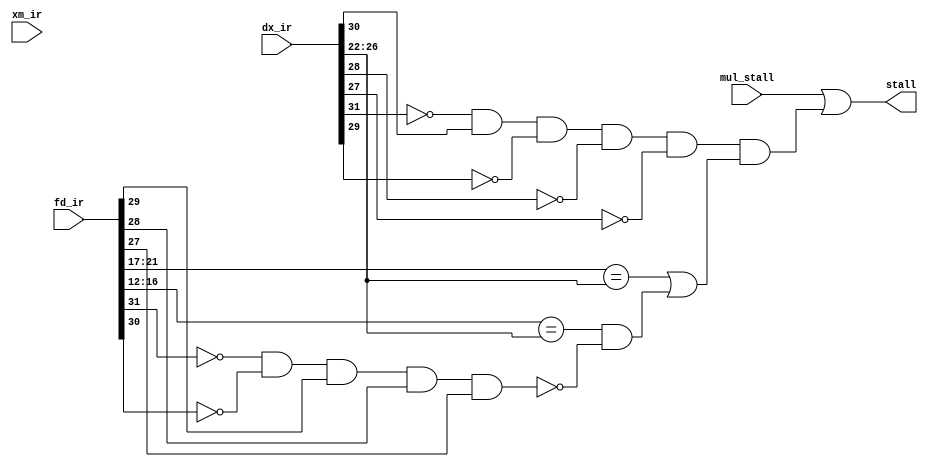
module stall(fd_ir, dx_ir, xm_ir, stall, mul_stall);
	input [31:0] fd_ir, dx_ir, xm_ir;
	input mul_stall;
	output stall;

	wire [4:0] fd_op = fd_ir[31:27];
	wire [4:0] dx_op = dx_ir[31:27];
	wire [4:0] xm_op = xm_ir[31:27];

	wire fd_sw = (~fd_op[4] & ~fd_op[3] & fd_op[2] & fd_op[1] & fd_op[0]);
	wire dx_lw = (~dx_op[4] & dx_op[3] & ~dx_op[2] & ~dx_op[1] & ~dx_op[0]);

	//Stall if:
		// dx_ir is lw
		// fd rs == dx rd OR fd rt == dx rd and fd_ir is not sw
		// fd rs = fd_ir[21:17] if rtype or itype
		// dx rd = dx_ir[26:22]
		// fd rt = fd_ir[16:12] if rtype

	wire [4:0] fd_rs = fd_ir[21:17];
	wire [4:0] fd_rt = fd_ir[16:12];
	wire [4:0] dx_rd = dx_ir[26:22];

	assign stall = mul_stall | (dx_lw & ((fd_rs == dx_rd) | (fd_rt == dx_rd & ~fd_sw)));

endmodule